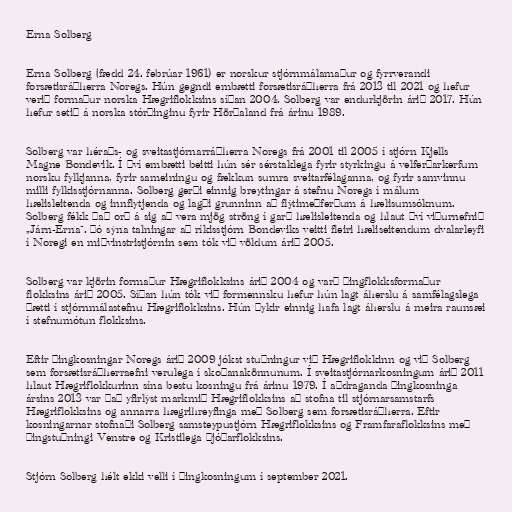
Erna Solberg

Erna Solberg (fædd 24. febrúar 1961) er norskur stjórnmálamaður og fyrrverandi
forsætisráðherra Noregs. Hún gegndi embætti forsætisráðherra frá 2013 til 2021 og hefur
verið formaður norska Hægriflokksins síðan 2004. Solberg var endurkjörin árið 2017. Hún
hefur setið á norska stórþinginu fyrir Hörðaland frá árinu 1989.

Solberg var héraðs- og sveitastjórnarráðherra Noregs frá 2001 til 2005 í stjórn Kjells
Magne Bondevik. Í því embætti beitti hún sér sérstaklega fyrir styrkingu á velferðarkerfum
norsku fylkjanna, fyrir sameiningu og fækkun sumra sveitarfélaganna, og fyrir samvinnu
milli fylkisstjórnanna. Solberg gerði einnig breytingar á stefnu Noregs í málum
hælisleitenda og innflytjenda og lagði grunninn að flýtimeðferðum á hælisumsóknum.
Solberg fékk það orð á sig að vera mjög ströng í garð hælisleitenda og hlaut því viðurnefnið
„Járn-Erna“. Þó sýna talningar að ríkisstjórn Bondeviks veitti fleiri hæliseitendum dvalarleyfi
í Noregi en miðvinstristjórnin sem tók við völdum árið 2005.

Solberg var kjörin formaður Hægriflokksins árið 2004 og varð þingflokksformaður
flokksins árið 2005. Síðan hún tók við formennsku hefur hún lagt áherslu á samfélagslega
þætti í stjórnmálastefnu Hægriflokksins. Hún þykir einnig hafa lagt áherslu á meira raunsæi
í stefnumótun flokksins.

Eftir þingkosningar Noregs árið 2009 jókst stuðningur við Hægriflokkinn og við Solberg
sem forsætisráðherraefni verulega í skoðanakönnunum. Í sveitastjórnarkosningum árið 2011
hlaut Hægriflokkurinn sína bestu kosningu frá árinu 1979. Í aðdraganda þingkosninga
ársins 2013 var það yfirlýst markmið Hægriflokksins að stofna til stjórnarsamstarfs
Hægriflokksins og annarra hægrihreyfinga með Solberg sem forsætisráðherra. Eftir
kosningarnar stofnaði Solberg samsteypustjórn Hægriflokksins og Framfaraflokksins með
þingstuðningi Venstre og Kristilega þjóðarflokksins.

Stjórn Solberg hélt ekki velli í þingkosningum í september 2021.